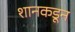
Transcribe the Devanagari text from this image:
शानकडून